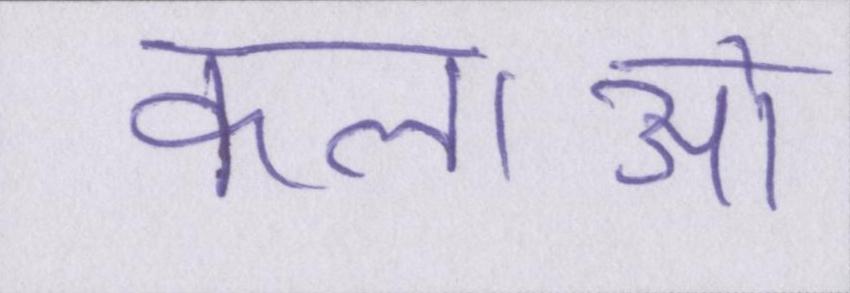
कलाओ